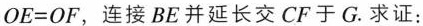
$$O E = O F$$，连接BE并延长交CF于G。求证：